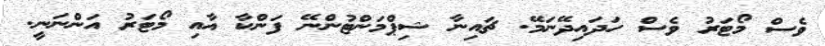
ވެސް މޯޓަރު ވެސް ހަދައިދޭނަމޭ. ޗައިނާ ޝިޕްމަންޓުންނޭ ފަންކާ އާއި މޯޓަރު އަންނަނީ.